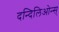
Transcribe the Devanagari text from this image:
दन्दिलिओन्स्